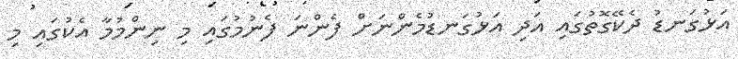
އަޅުގަނޑު ދެކޭގޮތުގައި އަދި އަޅުގަނޑުމެންނަށް ފެންނަ ފެނުމުގައި މި ނިންމުމާ އެކުގައި މި